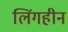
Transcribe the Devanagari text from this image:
लिंगहीन